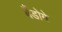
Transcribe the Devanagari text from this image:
बैंडोगे